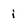
Character: i